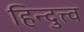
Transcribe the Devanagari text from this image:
हिन्दुत्त्व